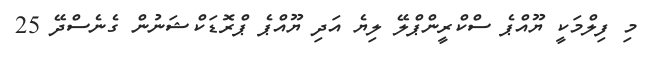
މި ފިލްމަކީ ޔޫއްޕެ ސްކްރީންޕްލޭ ލިޔެ އަދި ޔޫއްޕެ ޕްރޮޑަކްޝަނުން ގެނެސްދޭ 25